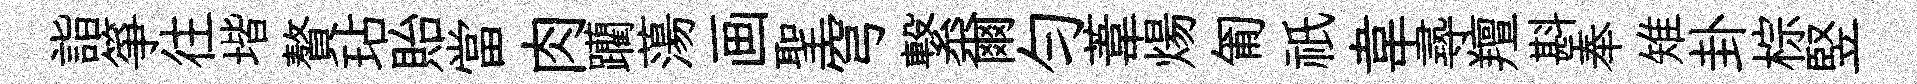
詣箏往堦贅玷貽當肉躪蕩画聖穹繋爾匀葦煬匍祇韋𡬶羶斟奉雉卦棕竪